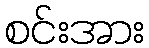
စင်းအား